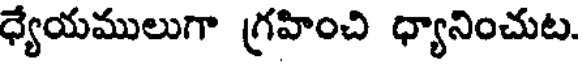
ధ్యేయములుగా గ్రహించి ధ్యానించుట.